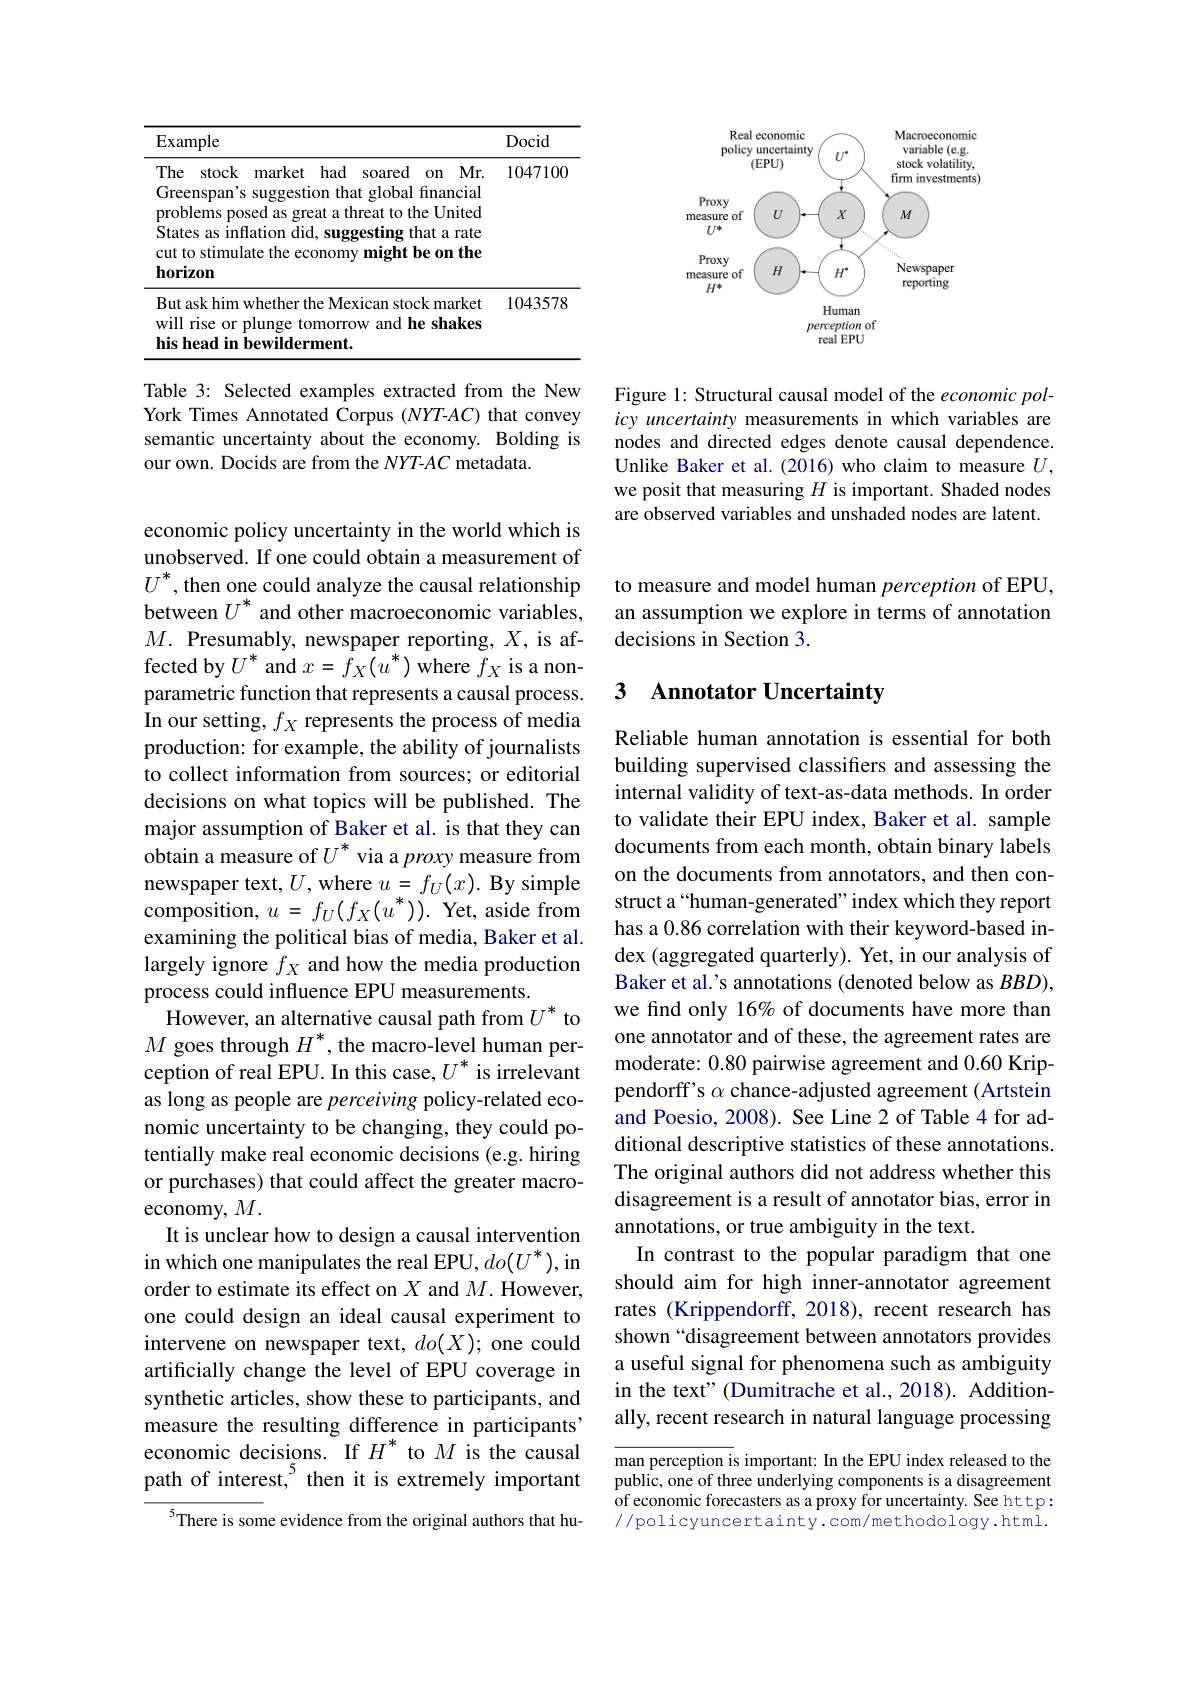
<FigureHere>

Figure 1: Structural causal model of the economic policy uncertainty measurements in which variables are nodes and directed edges denote causal dependence. Unlike Baker et al.(2016) who claim to measure $U$, we posit that measuring $H$ is important. Shaded nodes are observed variables and unshaded nodes are latent.

<table>
	<tbody>
		<tr>
			<th>$\operatorname{Example}$</th>
			<th>Docid</th>
		</tr>
		<tr>
			<td>The stock market had soared on Mr. Greenspan's suggestion that global financial problems posed as great a threat to the United States as inflation did, suggesting that a rate cut to stimulate the economy might be on the $\mathbf{horizon}$</td>
			<td>104710C</td>
		</tr>
		<tr>
			<td>But ask him whether the Mexican stock market will rise or plunge tomorrow and he shakes his head in bewilderment.</td>
			<td>1043578</td>
		</tr>
	</tbody>
</table>

Table 3: Selected examples extracted from the New York Times Annotated Corpus (NYT-AC) that convey semantic uncertainty about the economy. Bolding is our own. Docids are from the NYT-AC metadata.

economic policy uncertainty in the world which is unobserved. If one could obtain a measurement of $U^*$, then one could analyze the causal relationship between $U^*$ and other macroeconomic variables, $M.$ Presumably, newspaper reporting, $X$, is affected by $U^*$ and $x=\tilde{f}_X(u^*)$ where $f_X$ is a nonparametric function that represents a causal process. In our setting, $f_X$ represents the process of media production: for example, the ability of journalists to collect information from sources; or editorial decisions on what topics will be published. The major assumption of Baker et al. is that they can obtain a measure of $U^*$ via a proxy measure from newspaper text, $U$, where $u=f_U(x).$ By simple ${\mathrm{composition,~}u=f_{U}(f_{X}(u^{*})).}{\mathrm{~Yet,~aside~from}}$ examining the political bias of media, Baker et al. largely ignore $f_X$ and how the media production process could influence EPU measurements
However, an alternative causal path from $U^*$ to $M$ goes through $H^*$, the macro-level human perception of real EPU. In this case, $U^*$ is irrelevant as long as people are perceiving policy-related economic uncertainty to be changing, they could potentially make real economic decisions (e.g. hiring or purchases) that could affect the greater macroeconomy, $M.$
It is unclear how to design a causal intervention in which one manipulates the real EPU, $do(U^*)$, in order to estimate its effect on $X$ and $M.$ However, one could design an ideal causal experiment to intervene on newspaper text, $do(X);$ one could artificially change the level of EPU coverage in synthetic articles, show these to participants, and measure the resulting difference in participants' economic decisions. If $H^*$ to $M$ is the causal path of interest,$^{5}$ then it is extremely important
$^{5}$There is some evidence from the original authors that hu-

to measure and model human perception of EPU, an assumption we explore in terms of annotation decisions in Section 3

### 3 $\textbf{Annotator Uncertainty}$

Reliable human annotation is essential for both building supervised classifiers and assessing the internal validity of text-as-data methods. In order to validate their EPU index, Baker et al. sample documents from each month, obtain binary labels on the documents from annotators, and then construct a“human-generated”index which they report has a 0.86 correlation with their keyword-based index (aggregated quarterly). Yet, in our analysis of Baker et al.'s annotations (denoted below as $BBD)$, we find only 16% of documents have more than one annotator and of these, the agreement rates are moderate: 0.80 pairwise agreement and 0.60 Krippendorff's $\alpha$ chance-adjusted agreement (Artstein and Poesio, 2008). See Line 2 of Table 4 for additional descriptive statistics of these annotations. The original authors did not address whether this disagreement is a result of annotator bias, error in annotations, or true ambiguity in the text.
In contrast to the popular paradigm that one should aim for high inner-annotator agreement rates (Krippendorff, 2018), recent research has shown “disagreement between annotators provides a useful signal for phenomena such as ambiguity in the text" (Dumitrache et al., 2018). Additionally, recent research in natural language processing man perception is important: In the EPU index released to the

public, one of three underlying components is a disagreement of economic forecasters as a proxy for uncertainty. See http: //policyuncertainty.com/methodology.html.